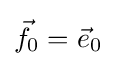
{\vec {f}}_{0}={\vec {e}}_{0}